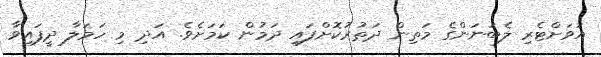
އަވަށްޓެރި ލެބަނަންގެ މަތިން ދަތުރުކޮށްފައި ދަމުން ކަމަށެވެ. އަދި މި ހަމަލާ ދީފައިވާ